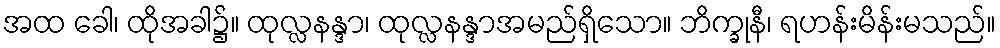
အထ ခေါ၊ ထိုအခါ၌။ ထုလ္လနန္ဒာ၊ ထုလ္လနန္ဒာအမည်ရှိသော။ ဘိက္ခုနီ၊ ရဟန်းမိန်းမသည်။